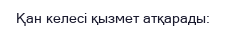
Қан келесі қызмет атқарады: